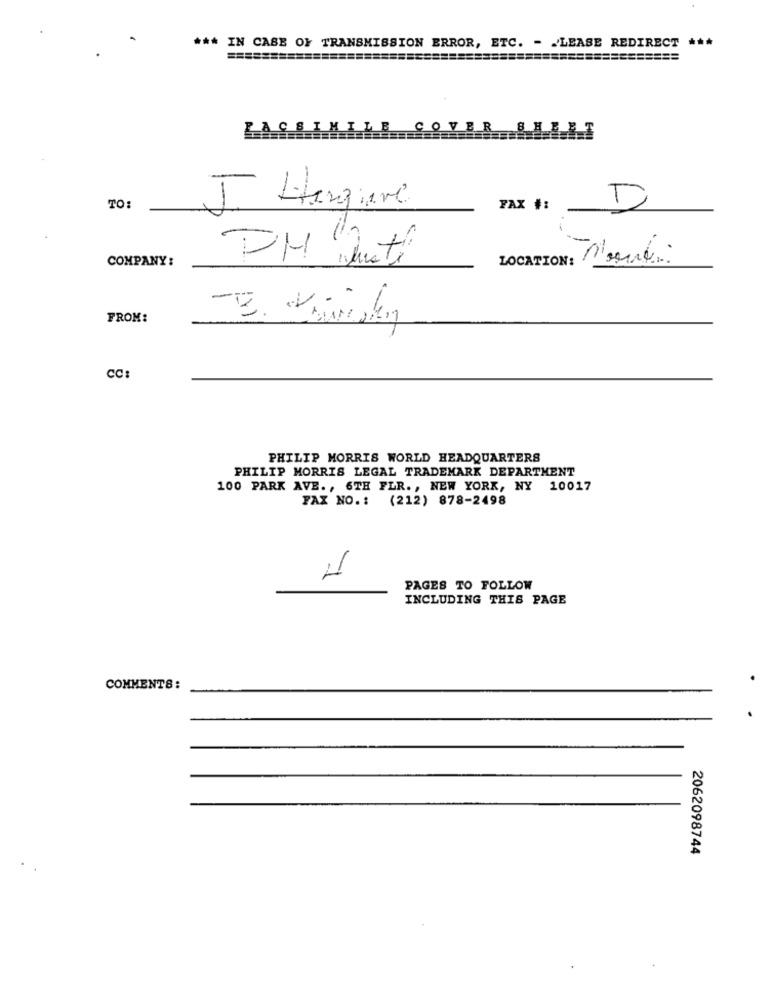
*** IN CASE OF TRANSMISSION ERROR, ETC. - . 'LEASE REDIRECT ***
=======
=============
FACSIMILE COVER SHEET
TO
J Hergive
FAX #:
D
COMPANY:
PM Queti
LOCATION: M'ont
FROM:
CC:
PHILIP MORRIS WORLD HEADQUARTERS
PHILIP MORRIS LEGAL TRADEMARK DEPARTMENT
100 PARK AVE ., 6TH FLR ., NEW YORK, NY 10017
FAX NO .: (212) 878-2498
1
PAGES TO FOLLOW
INCLUDING THIS PAGE
COMMENTS:
2062098744